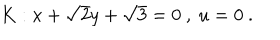
LaTeX: K : x + \sqrt { 2 } y + \sqrt { 3 } = 0 \ , \ u = 0 \ .